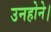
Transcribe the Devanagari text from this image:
उनहोने।